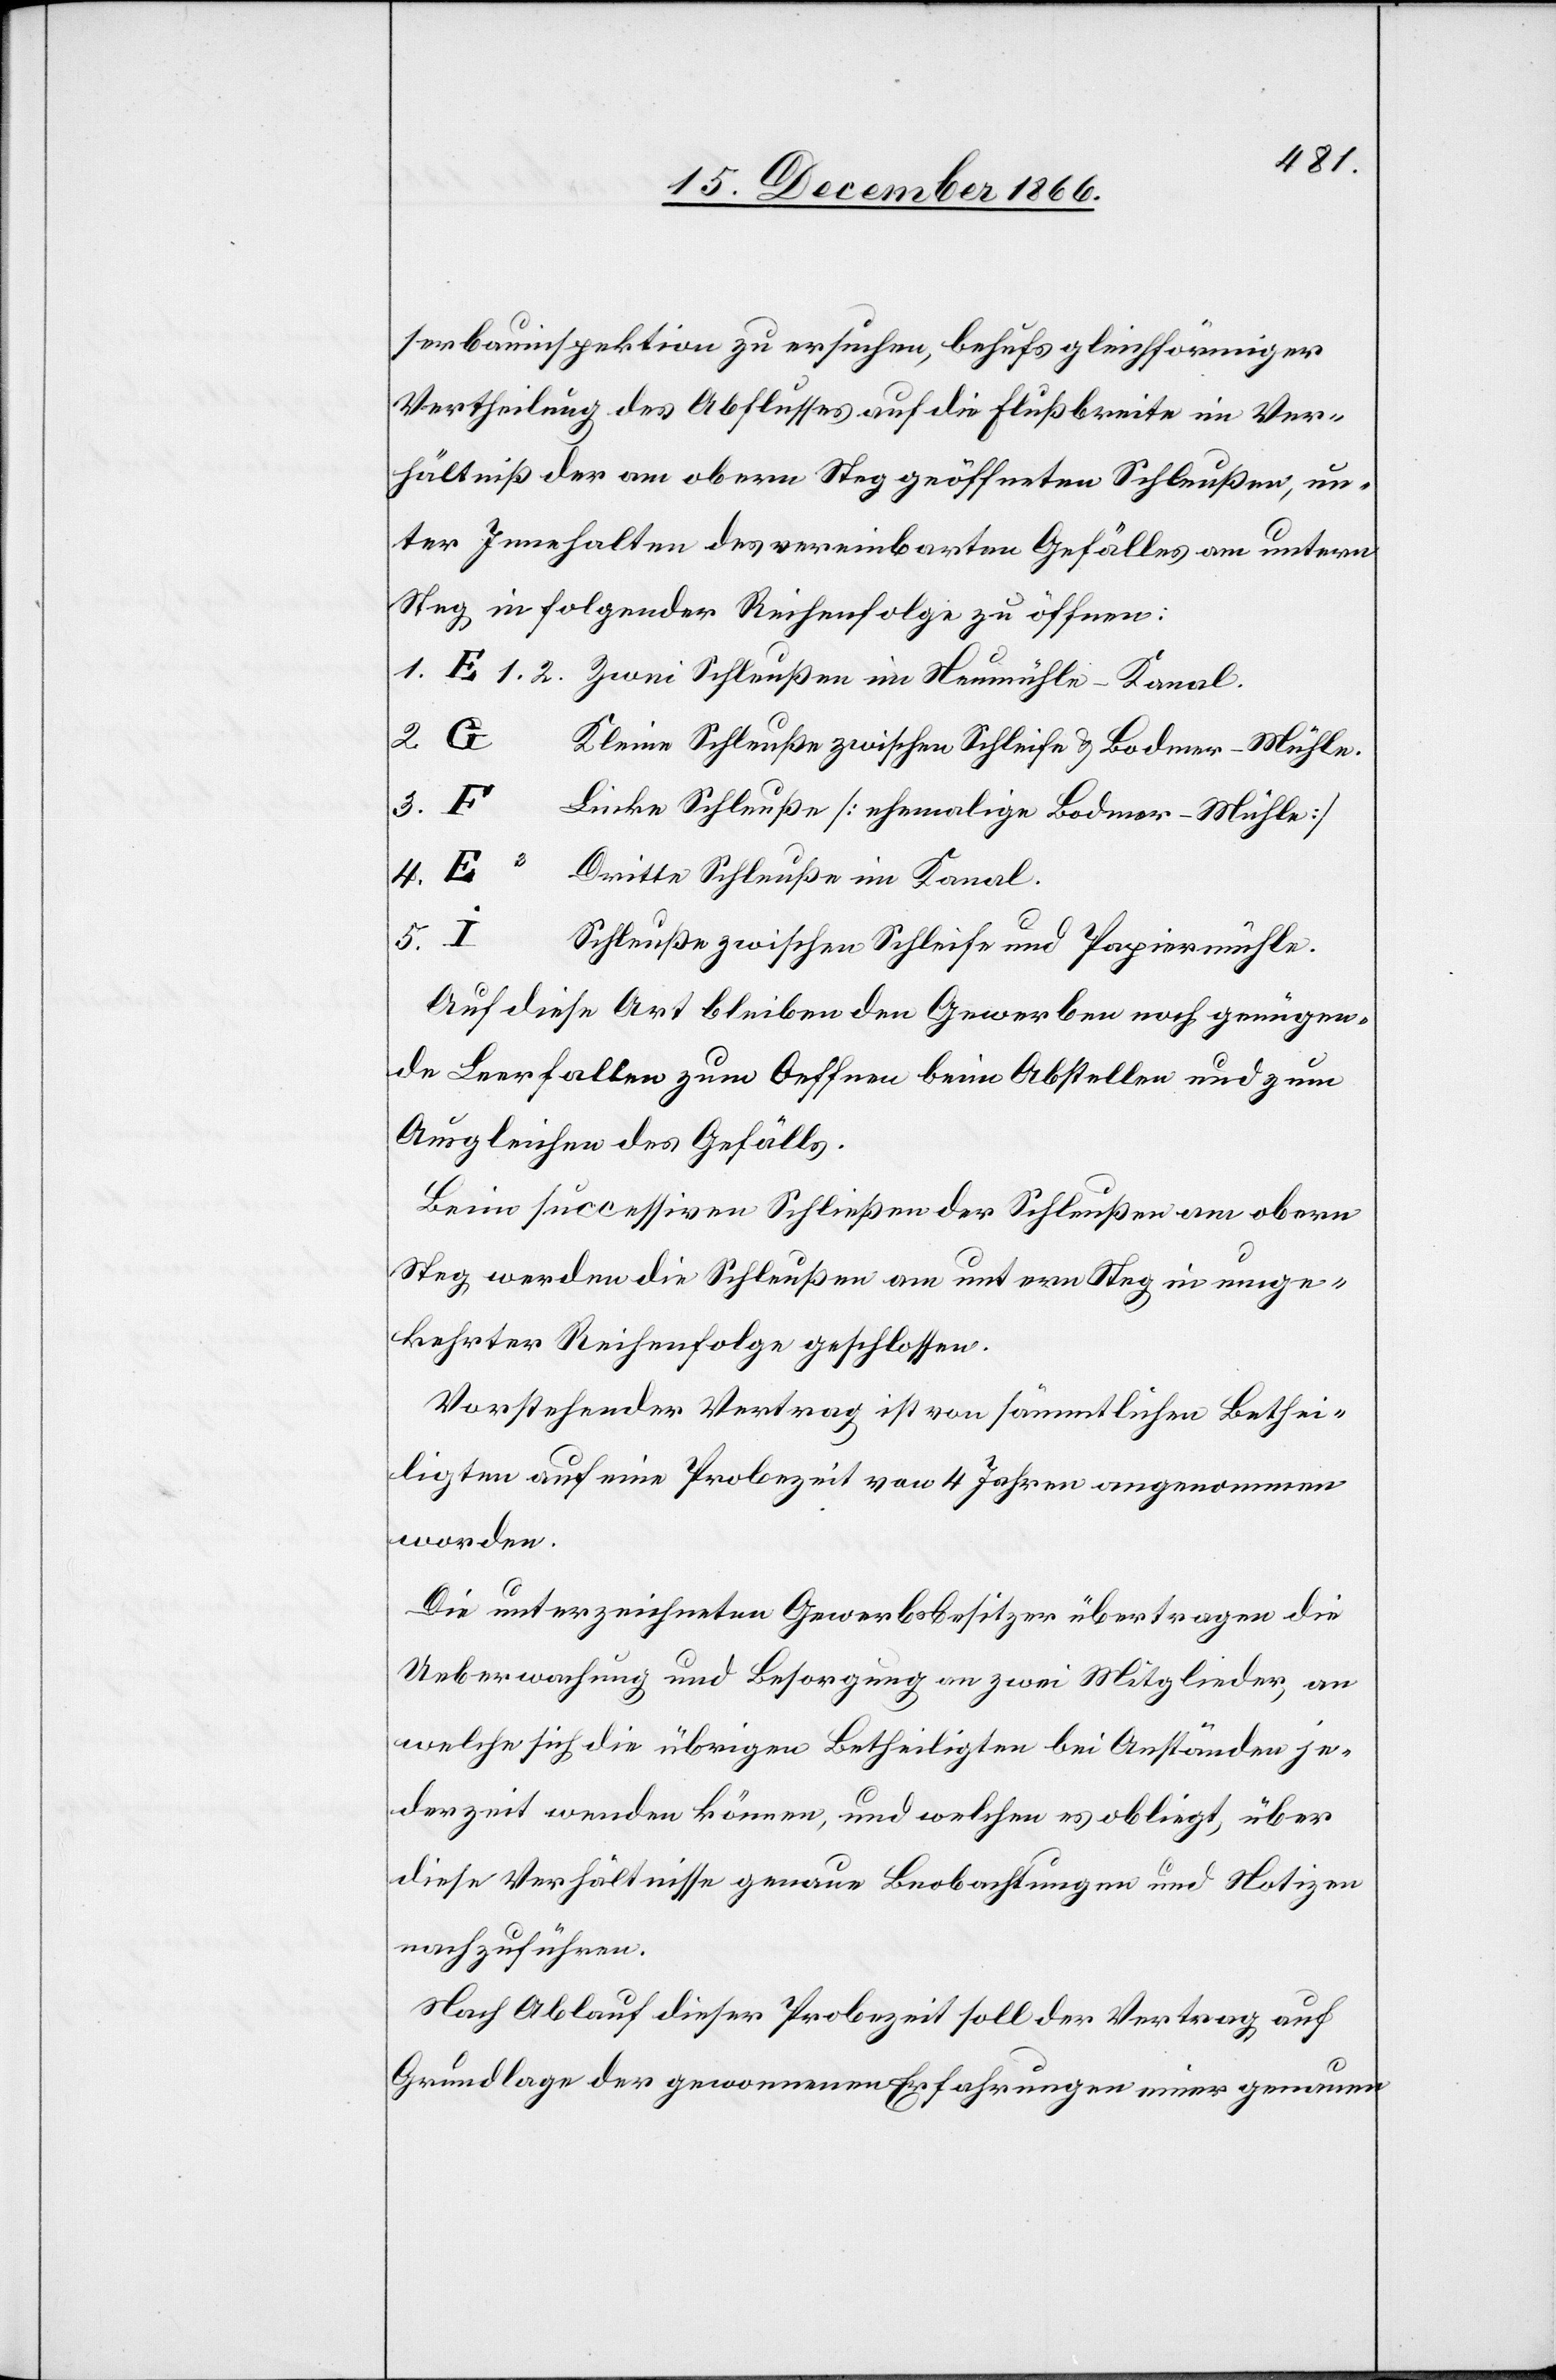
serbauinspektion zu ersuchen, behufs gleichförmiger
Vertheilung des Abflusses auf die Flußbreite im Ver¬
hältniß der am obern Steg geöffneten Schleußen, un¬
ter Innehalten des vereinbarten Gefälles am untern
Steg in folgender Reihenfolge zu öffnen:
1. E 1. 2.	Zwei Schleußen im Neumühle-Kanal.
2. G		K¬
leine Schleuße zwischen Schleife & Bodmer-Mühle.
3. F			Linke Schleuße [ehemalige Bodmer-Mühle]
4. E 3		Dritte Schleuße im Kanal.
5. I			S¬
chleuße zwischen Schleife und Papiermühle.
Auf diese Art bleiben den Gewerben noch genügen¬
de Leerfallen zum Oeffnen beim Abstellen und zum
Ausgleichen des Gefälls.
Beim successiven Schließen der Schleußen am obern
Steg werden die Schleußen am untern Steg in umge¬
kehrter Reihenfolge geschlossen.
Vorstehender Vertrag ist von sämmtlichen Bethei¬
ligten auf eine Probezeit von 4 Jahren angenommen
worden.
Die unterzeichneten Gewerbsbesitzer übertragen die
Ueberwachung und Besorgung an zwei Mitglieder, an
welche sich die übrigen Betheiligten bei Anständen je¬
derzeit wenden können, und welchen es obliegt, über
diese Verhältnisse genaue Beobachtungen und Notizen
nachzuführen.
Nach Ablauf dieser Probezeit soll der Vertrag auf
Grundlage der gewonnenen Erfahrungen einer genauen